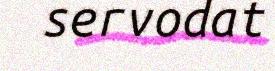
servodat